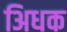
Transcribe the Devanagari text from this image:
अिधक